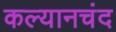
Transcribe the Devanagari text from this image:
कल्यानचंद